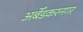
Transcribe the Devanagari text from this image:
अबेँडकरनगर